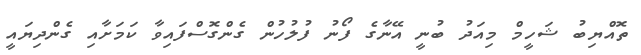
ތޮއްޔިބު ޝަހީމް މިއަދު ބުނީ އޭނާގެ ފޯނު ފުލުހުން ގެންގޮސްފައިވާ ކަމަށާއި ގެންދިޔައީ